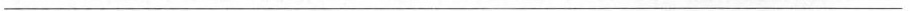
___